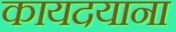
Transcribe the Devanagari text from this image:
कायदयाना